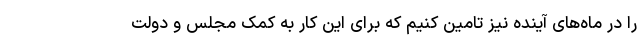
را در ماه‌های آینده نیز تامین کنیم که برای این کار به کمک مجلس و دولت